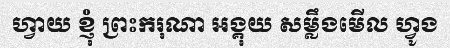
ហ្វាយ ខ្ញុំ ព្រះករុណា អង្គុយ សម្លឹងមើល ហ្វូង